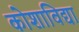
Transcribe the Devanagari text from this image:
कोशाविद्या